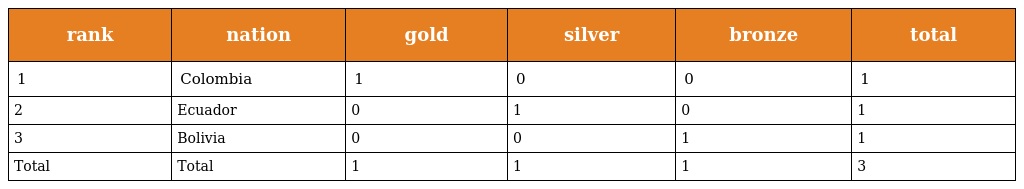
| rank | nation | gold | silver | bronze | total |
 | --- | --- | --- | --- | --- | --- |
 | 1 | Colombia | 1 | 0 | 0 | 1 |
 | 2 | Ecuador | 0 | 1 | 0 | 1 |
 | 3 | Bolivia | 0 | 0 | 1 | 1 |
 | Total | Total | 1 | 1 | 1 | 3 |